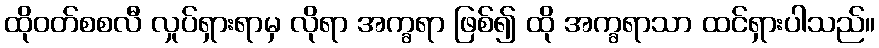
ထိုဝတ်စစလီ လှုပ်ရှားရာမှ လိုရာ အက္ခရာ ဖြစ်၍ ထို အက္ခရာသာ ထင်ရှားပါသည်။